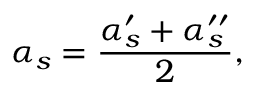
\alpha _ { s } = \frac { \alpha _ { s } ^ { \prime } + \alpha _ { s } ^ { \prime \prime } } { 2 } ,